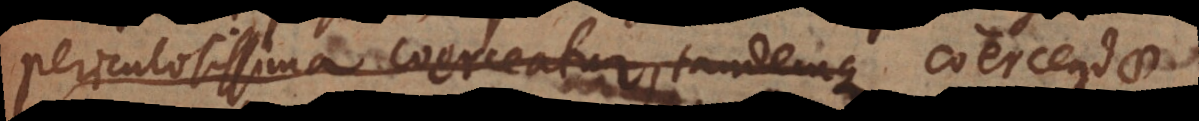
periculosissima coerceatur, tandemque coercendae